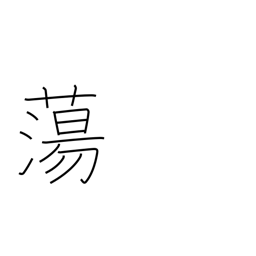
Meaning: melt